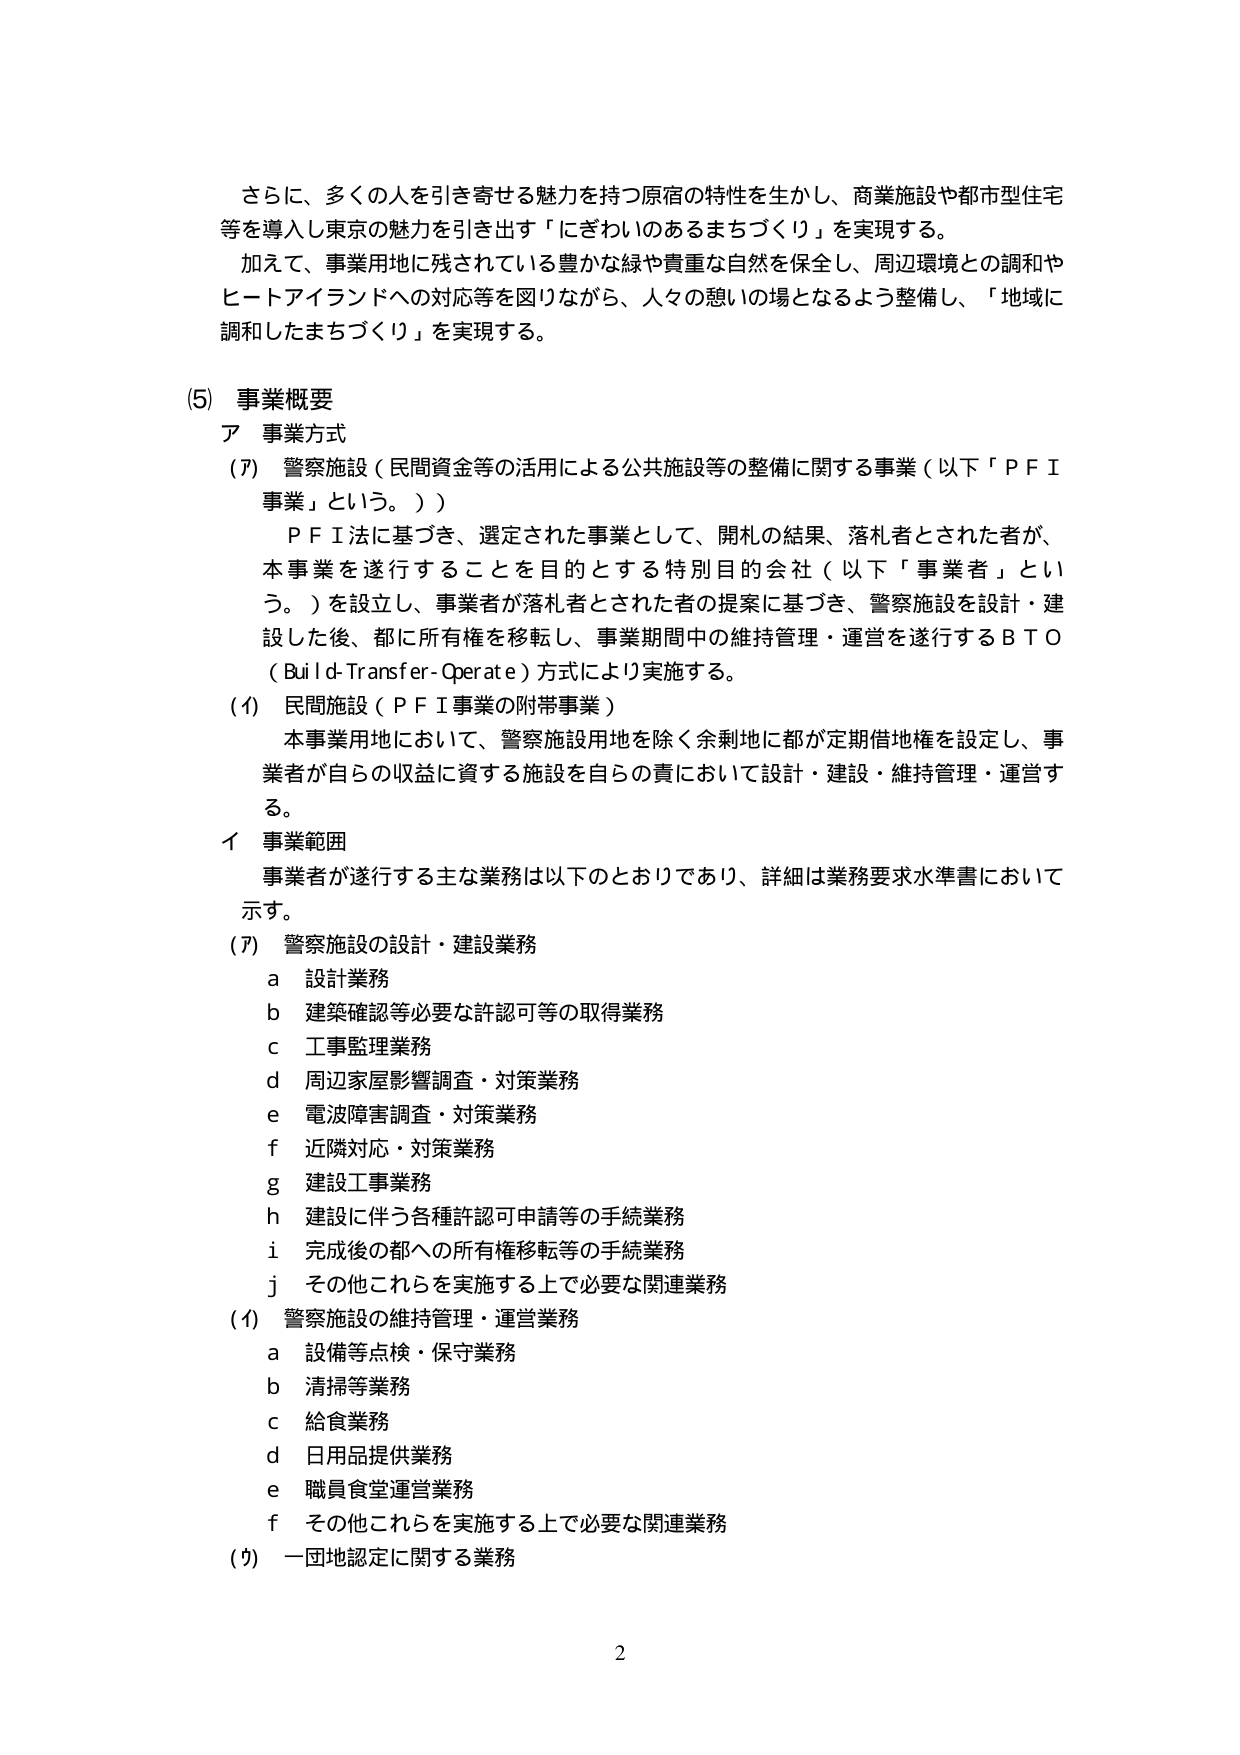
さらに、多くの人を引き寄せる魅力を持つ原宿の特性を生かし、商業施設や都市型住宅等を導入し東京の魅力を引き出す「にぎわいのあるまちづくり」を実現する。
加えて、事業用地に残されている豊かな緑や貴重な自然を保全し、周辺環境との調和やヒートアイランドへの対応等を図りながら、人々の憩いの場となるよう整備し、「地域に調和したまちづくり」を実現する。

(5) 事業概要
ア 事業方式
(ｱ) 警察施設（民間資金等の活用による公共施設等の整備に関する事業（以下「ＰＦＩ事業」という。））
　ＰＦＩ法に基づき、選定された事業として、開札の結果、落札者とされた者が、本事業を遂行することを目的とする特別目的会社（以下「事業者」という。）を設立し、事業者が落札者とされた者の提案に基づき、警察施設を設計・建設した後、都に所有権を移転し、事業期間中の維持管理・運営を遂行するＢＴＯ（Build-Transfer-Operate）方式により実施する。
(ｲ) 民間施設（ＰＦＩ事業の附帯事業）
　本事業用地において、警察施設用地を除く余剰地に都が定期借地権を設定し、事業者が自らの収益に資する施設を自らの責において設計・建設・維持管理・運営する。

イ 事業範囲
　事業者が遂行する主な業務は以下のとおりであり、詳細は業務要求水準書において示す。
(ｱ) 警察施設の設計・建設業務
　ａ 設計業務
　ｂ 建築確認等必要な許認可等の取得業務
　ｃ 工事監理業務
　ｄ 周辺家屋影響調査・対策業務
　ｅ 電波障害調査・対策業務
　ｆ 近隣対応・対策業務
　ｇ 建設工事業務
　ｈ 建設に伴う各種許認可申請等の手続業務
　ｉ 完成後の都への所有権移転等の手続業務
　ｊ その他これらを実施する上で必要な関連業務
(ｲ) 警察施設の維持管理・運営業務
　ａ 設備等点検・保守業務
　ｂ 清掃等業務
　ｃ 給食業務
　ｄ 日用品提供業務
　ｅ 職員食堂運営業務
　ｆ その他これらを実施する上で必要な関連業務
(ｳ) 一団地認定に関する業務

2